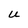
Character: U